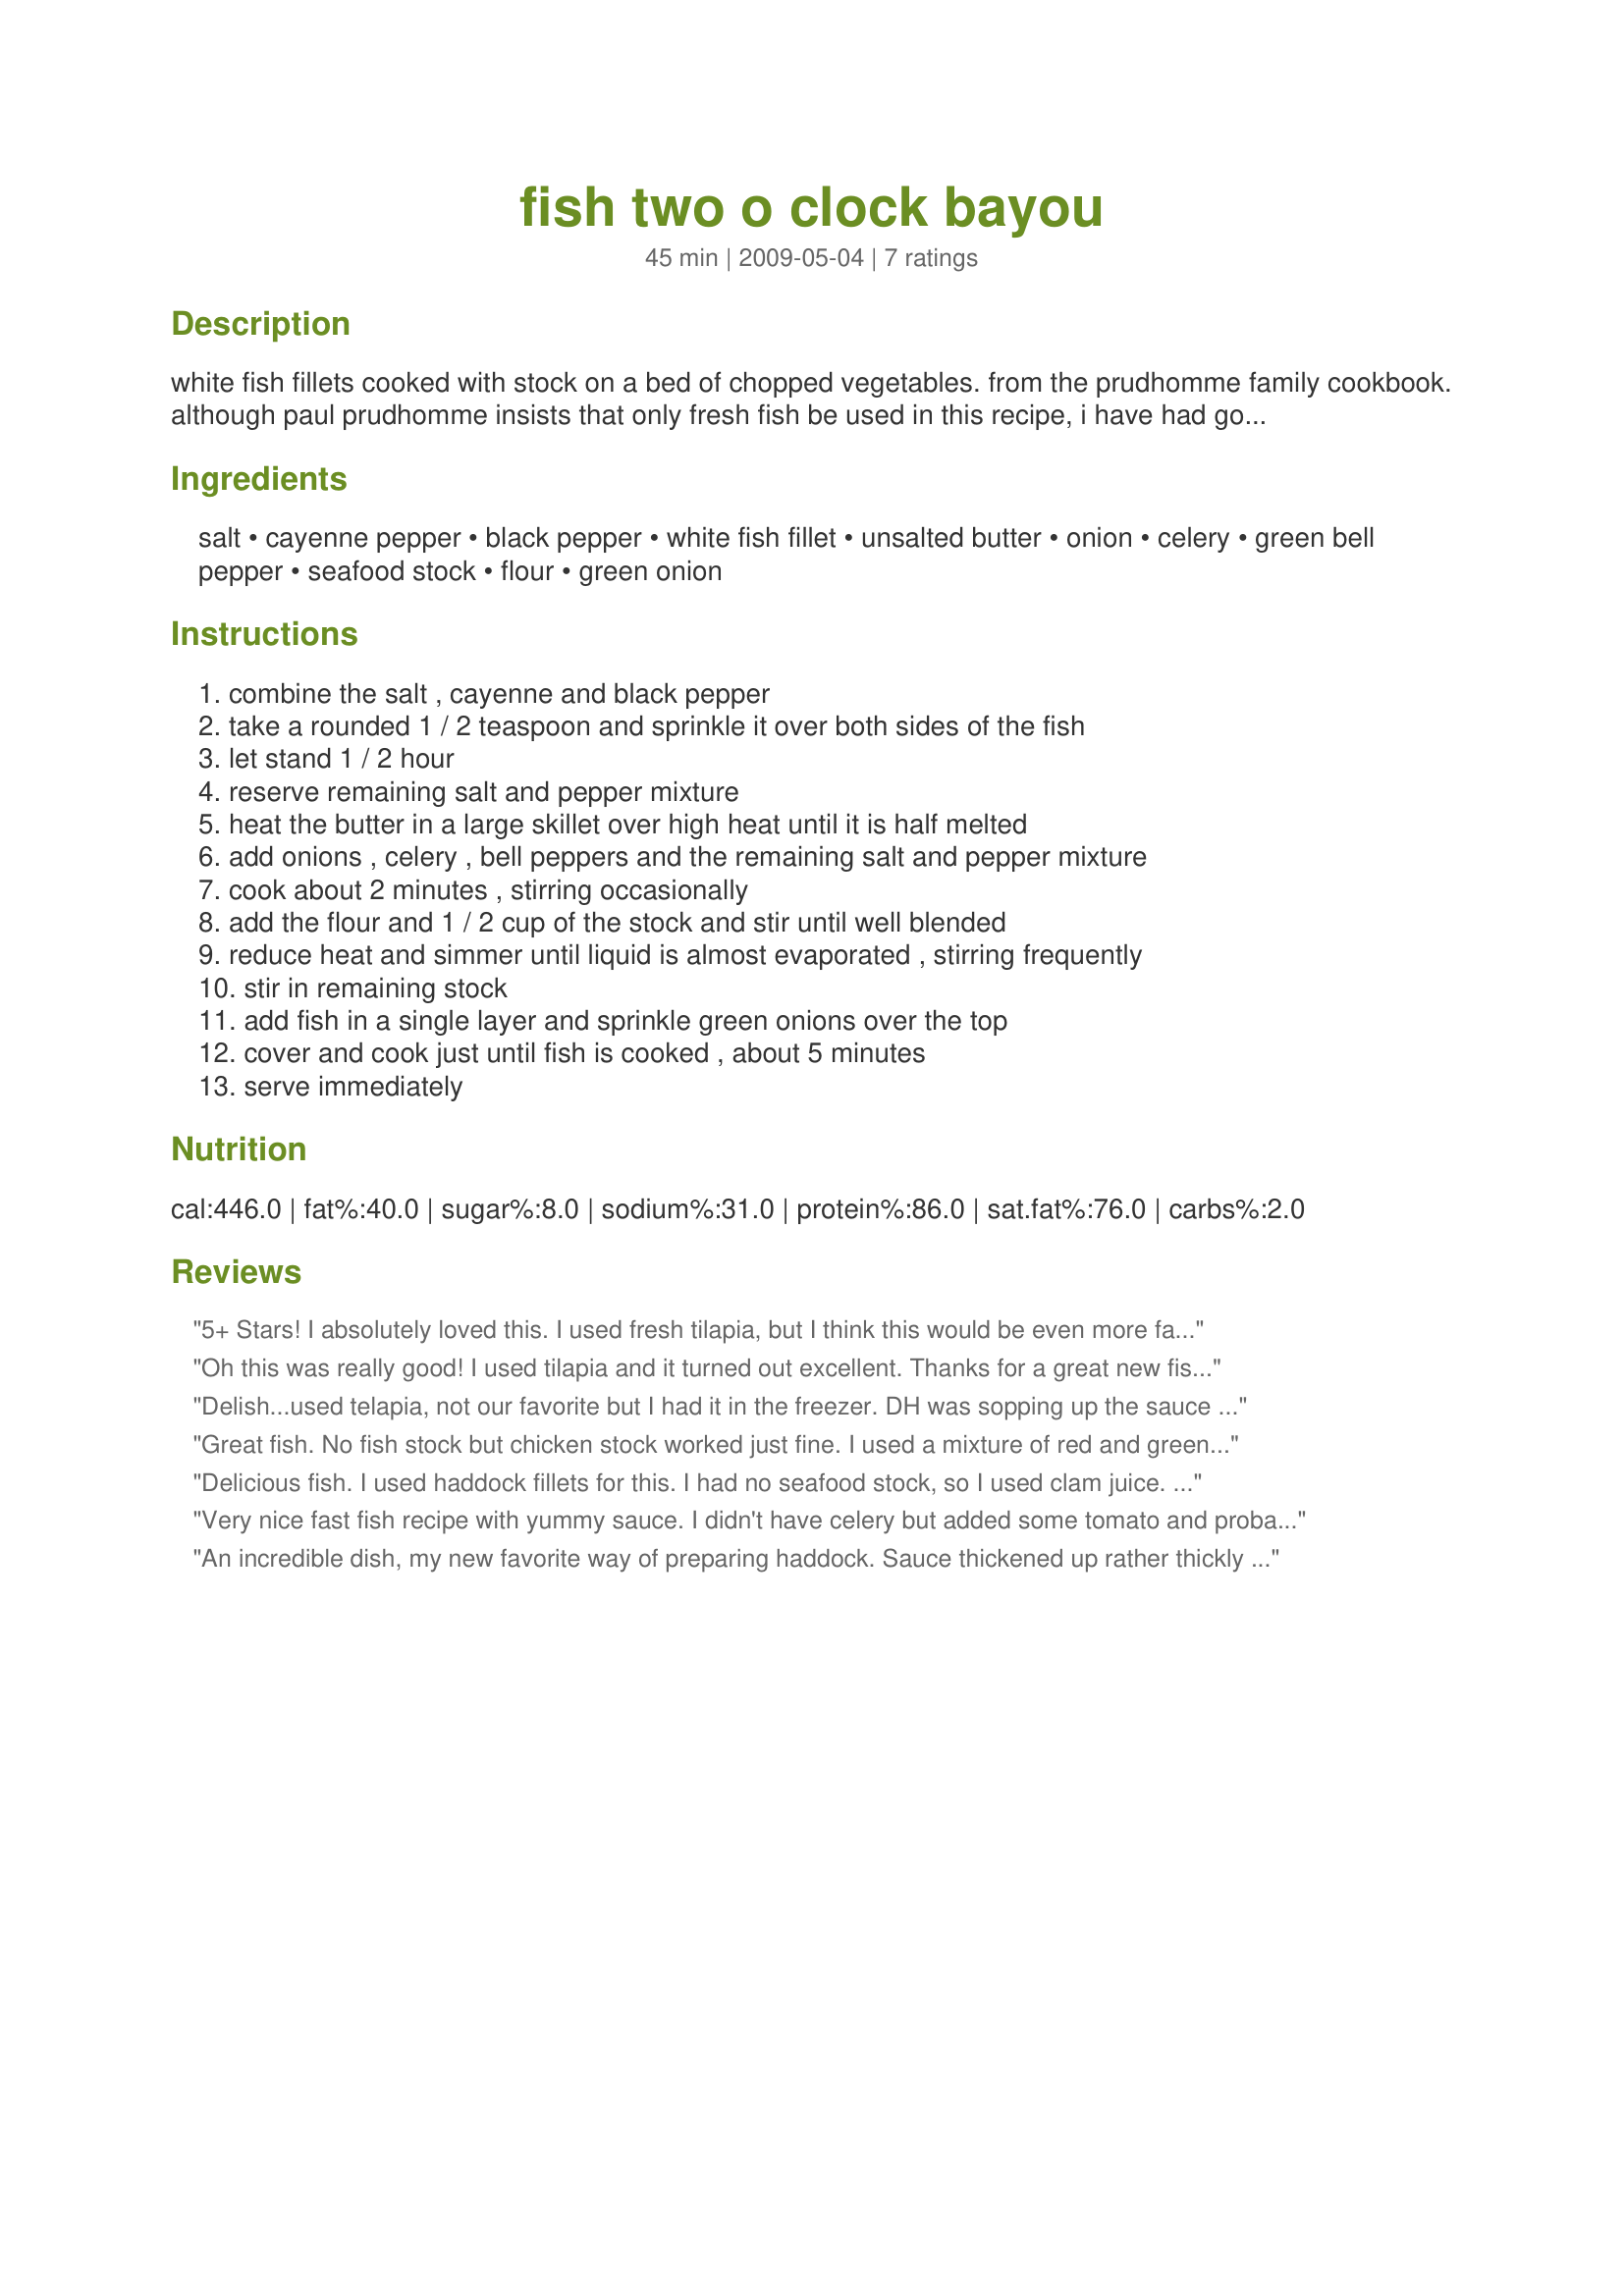
fish two o clock bayou
Preparation time: 45 minutes

white fish fillets cooked with stock on a bed of chopped vegetables. from the prudhomme family cookbook.
although paul prudhomme insists that only fresh fish be used in this recipe, i have had good results using frozen fish. any white fish can be used.
if you don't have seafood stock, substitute chicken or vegetable stock.
serve this over cooked rice.

Ingredients:
salt, cayenne pepper, black pepper, white fish fillet, unsalted butter, onion, celery, green bell pepper, seafood stock, flour, green onion

Steps:
combine the salt , cayenne and black pepper, take a rounded 1 / 2 teaspoon and sprinkle it over both sides of the fish, let stand 1 / 2 hour, reserve remaining salt and pepper mixture, heat the butter in a large skillet over high heat until it is half melted, add onions , celery , bell peppers and the remaining salt and pepper mixture, cook about 2 minutes , stirring occasionally, add the flour and 1 / 2 cup of the stock and stir until well blended, reduce heat and simmer until liquid is almost evaporated , stirring frequently, stir in remaining stock, add fish in a single layer and sprinkle green onions over the top, cover and cook just until fish is cooked , about 5 minutes, serve immediately

Reviews:
5+ Stars! I absolutely loved this. I used fresh tilapia, but I think this would be even more fabulous with fresh red snapper or grouper. Thank you so much for sharing this wonderful recipe. Made for PRMR tag.
Oh this was really good! I used tilapia and it turned out excellent. Thanks for a great new fish dish. Mdae for ZWT5, Dining Daredevils.
Delish...used telapia, not our favorite but I had it in the freezer. DH was sopping up the sauce with plain white bread! Ouch! Okay, he's a country boy! No wonder Breezer and other chefs gave this the heads up for best of 2010! I put this keeper in my best of file. Thaks Chocolati!
Great fish. No fish stock but chicken stock worked just fine. I used a mixture of red and green peppers which gave the sauce a beautiful reddish tint. Thanks.
Delicious fish. I used haddock fillets for this. I had no seafood stock, so I used clam juice. The sauce thickened up very nicely. Thanx for posting!
Very nice fast fish recipe with yummy sauce. I didn't have celery but added some tomato and probably made a little extra sauce. Made for a very nice quick tasty lunch and a great way to use the frozen fish fillets that I buy. Topped with some pecorino. Thanks Chocolatl. Goes in my Zaar faves. Made for ZWT 5.
An incredible dish, my new favorite way of preparing haddock. Sauce thickened up rather thickly but it was sooo good that way. Made for ZWT5.
